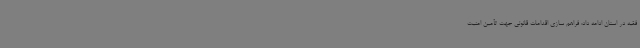
فقیه در استان ادامه داد: فراهم سازی اقدامات قانونی جهت تأمین امنیت